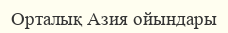
Орталық Азия ойындары